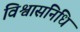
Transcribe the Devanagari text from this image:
विश्वासनिधि